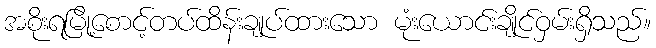
အစိုးရမြို့စောင့်တပ်ထိန်းချုပ်ထားသော မုံးယောင်းချိုင်ဝှမ်းရှိသည်။